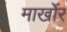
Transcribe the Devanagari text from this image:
मार्खोर